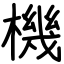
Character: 機